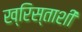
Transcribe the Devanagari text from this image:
ख्रिस्ताशी